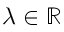
\lambda \in \mathbb R